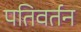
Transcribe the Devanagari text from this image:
पतिवर्तन